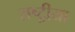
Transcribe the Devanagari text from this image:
राष्ट्रीया